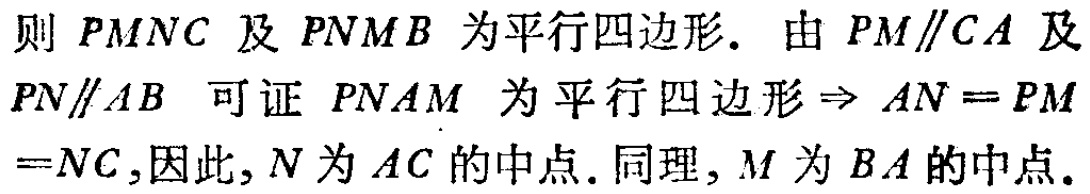
则 \(PMNC\) 及 \(PNMB\) 为平行四边形. 由 \(PM\parallel CA\) 及 \(PN\parallel AB\) 可证 \(PNAM\) 为平行四边形\(\Rightarrow AN = PM=NC\),因此,\(N\) 为 \(AC\) 的中点. 同理,\(M\) 为 \(BA\) 的中点.